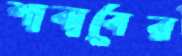
শাবাবের